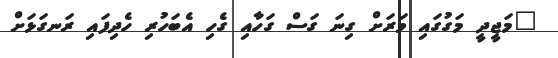
"މަޖީދީ މަގުގައި ވަރަށް ގިނަ ގަސް ގަހާއި ގެހި އެބަހުރި ހެދިފައި ރަނގަޅަށް